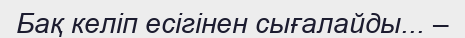
Бақ келіп есігінен сығалайды... –